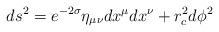
LaTeX: \begin{align*}ds^2=e^{-2\sigma}\eta_{\mu\nu}dx^{\mu}dx^{\nu}+r_c^2d\phi^2\end{align*}